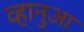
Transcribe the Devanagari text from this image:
व्हानुआ